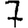
Digit: 7